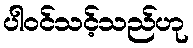
ပါဝင်သင့်သည်ဟု